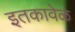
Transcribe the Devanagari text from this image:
इतकावेळ